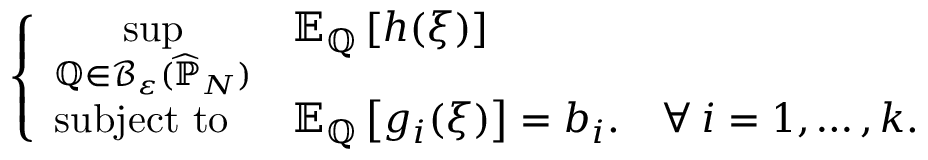
\left\{ \begin{array} { l l l } { { \displaystyle \operatorname* { s u p } _ { \mathbb { Q } \in \mathcal { B } _ { \varepsilon } ( \widehat { \mathbb { P } } _ { N } ) } } } & { \mathbb { E } _ { \mathbb { Q } } \left[ h ( \xi ) \right] } \\ { \mathrm { s u b j e c t ~ t o ~ } } & { \mathbb { E } _ { \mathbb { Q } } \left[ g _ { i } ( \xi ) \right] = b _ { i } . } & { \forall \: i = 1 , \ldots , k . } \end{array} \right.